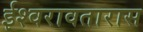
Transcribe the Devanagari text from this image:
ईश्वरावतारास